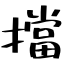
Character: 擋